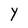
Character: Y